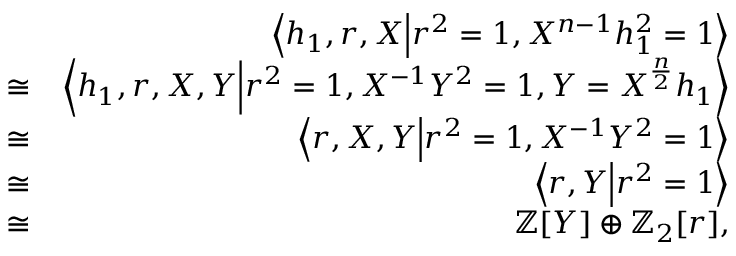
\begin{array} { r l r } & { } & { \left< h _ { 1 } , r , X \middle | r ^ { 2 } = 1 , X ^ { n - 1 } h _ { 1 } ^ { 2 } = 1 \right> } \\ & { \cong } & { \left< h _ { 1 } , r , X , Y \middle | r ^ { 2 } = 1 , X ^ { - 1 } Y ^ { 2 } = 1 , Y = X ^ { \frac { n } { 2 } } h _ { 1 } \right> } \\ & { \cong } & { \left< r , X , Y \middle | r ^ { 2 } = 1 , X ^ { - 1 } Y ^ { 2 } = 1 \right> } \\ & { \cong } & { \left< r , Y \middle | r ^ { 2 } = 1 \right> } \\ & { \cong } & { \mathbb { Z } [ Y ] \oplus \mathbb { Z } _ { 2 } [ r ] , } \end{array}